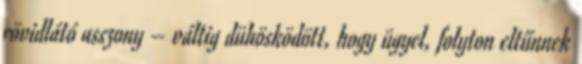
rövidlátó asszony – váltig dühösködött, hogy ügyel, folyton eltűnnek